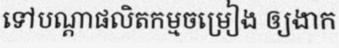
ទៅបណ្តាផលិតកម្មចម្រៀង ឲ្យងាក